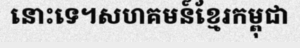
នោះទេ។សហគមន៍ខ្មែរកម្ពុជា